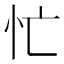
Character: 忙